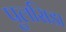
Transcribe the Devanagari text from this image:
पुलसिडा